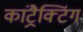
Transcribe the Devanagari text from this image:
कांट्रैक्टिंग